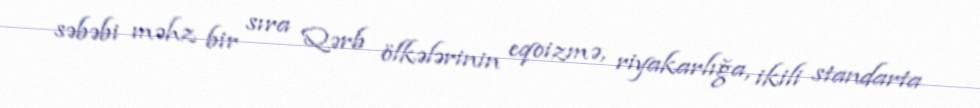
səbəbi məhz bir sıra Qərb ölkələrinin eqoizmə, riyakarlığa, ikili standarta